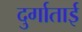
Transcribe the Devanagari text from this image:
दुर्गाताई